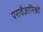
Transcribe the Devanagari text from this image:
परावैज्ञानिकों